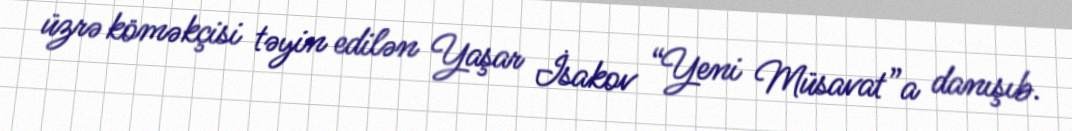
üzrə köməkçisi təyin edilən Yaşar İsakov “Yeni Müsavat”a danışıb.